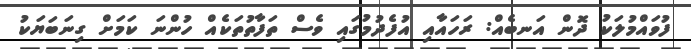
ފުވައްމުލަކު ދޮން އަނބެއް: ރަހައާއި އުފެދުމުގައި ވެސް ތަފާތުތަކެއް ހުންނަ ކަމަށް ގިނަބަޔަކު